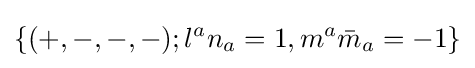
\{(+,-,-,-);l^{a}n_{a}=1,m^{a}{\bar {m}}_{a}=-1\}